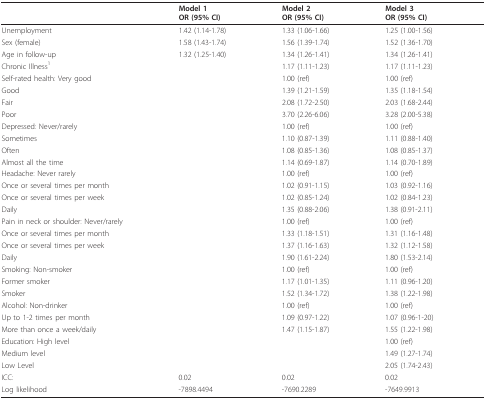
<table><thead><tr><td></td><td><b>Model 1OR (95% CI)</b></td><td><b>Model 2OR (95% CI)</b></td><td><b>Model 3OR (95% CI)</b></td></tr></thead><tbody><tr><td>Unemployment</td><td>1.42 (1.14-1.78)</td><td>1.33 (1.06-1.66)</td><td>1.25 (1.00-1.56)</td></tr><tr><td>Sex (female)</td><td>1.58 (1.43-1.74)</td><td>1.56 (1.39-1.74)</td><td>1.52 (1.36-1.70)</td></tr><tr><td>Age in follow-up</td><td>1.32 (1.25-1.40)</td><td>1.34 (1.26-1.41)</td><td>1.34 (1.26-1.41)</td></tr><tr><td>Chronic Illness<sup>1</sup></td><td></td><td>1.17 (1.11-1.23)</td><td>1.17 (1.11-1.23)</td></tr><tr><td>Self-rated health: Very good</td><td></td><td>1.00 (ref)</td><td>1.00 (ref)</td></tr><tr><td>Good</td><td></td><td>1.39 (1.21-1.59)</td><td>1.35 (1.18-1.54)</td></tr><tr><td>Fair</td><td></td><td>2.08 (1.72-2.50)</td><td>2.03 (1.68-2.44)</td></tr><tr><td>Poor</td><td></td><td>3.70 (2.26-6.06)</td><td>3.28 (2.00-5.38)</td></tr><tr><td>Depressed: Never/rarely</td><td></td><td>1.00 (ref)</td><td>1.00 (ref)</td></tr><tr><td>Sometimes</td><td></td><td>1.10 (0.87-1.39)</td><td>1.11 (0.88-1.40)</td></tr><tr><td>Often</td><td></td><td>1.08 (0.85-1.36)</td><td>1.08 (0.85-1.37)</td></tr><tr><td>Almost all the time</td><td></td><td>1.14 (0.69-1.87)</td><td>1.14 (0.70-1.89)</td></tr><tr><td>Headache: Never rarely</td><td></td><td>1.00 (ref)</td><td>1.00 (ref)</td></tr><tr><td>Once or several times per month</td><td></td><td>1.02 (0.91-1.15)</td><td>1.03 (0.92-1.16)</td></tr><tr><td>Once or several times per week</td><td></td><td>1.02 (0.85-1.24)</td><td>1.02 (0.84-1.23)</td></tr><tr><td>Daily</td><td></td><td>1.35 (0.88-2.06)</td><td>1.38 (0.91-2.11)</td></tr><tr><td>Pain in neck or shoulder: Never/rarely</td><td></td><td>1.00 (ref)</td><td>1.00 (ref)</td></tr><tr><td>Once or several times per month</td><td></td><td>1.33 (1.18-1.51)</td><td>1.31 (1.16-1.48)</td></tr><tr><td>Once or several times per week</td><td></td><td>1.37 (1.16-1.63)</td><td>1.32 (1.12-1.58)</td></tr><tr><td>Daily</td><td></td><td>1.90 (1.61-2.24)</td><td>1.80 (1.53-2.14)</td></tr><tr><td>Smoking: Non-smoker</td><td></td><td>1.00 (ref)</td><td>1.00 (ref)</td></tr><tr><td>Former smoker</td><td></td><td>1.17 (1.01-1.35)</td><td>1.11 (0.96-1.20)</td></tr><tr><td>Smoker</td><td></td><td>1.52 (1.34-1.72)</td><td>1.38 (1.22-1.98)</td></tr><tr><td>Alcohol: Non-drinker</td><td></td><td>1.00 (ref)</td><td>1.00 (ref)</td></tr><tr><td>Up to 1-2 times per month</td><td></td><td>1.09 (0.97-1.22)</td><td>1.07 (0.96-1-20)</td></tr><tr><td>More than once a week/daily</td><td></td><td>1.47 (1.15-1.87)</td><td>1.55 (1.22-1.98)</td></tr><tr><td>Education: High level</td><td></td><td></td><td>1.00 (ref)</td></tr><tr><td>Medium level</td><td></td><td></td><td>1.49 (1.27-1.74)</td></tr><tr><td>Low Level</td><td></td><td></td><td>2.05 (1.74-2.43)</td></tr><tr><td>ICC:</td><td>0.02</td><td>0.02</td><td>0.02</td></tr><tr><td>Log likelihood</td><td>-7898.4494</td><td>-7690.2289</td><td>-7649.9913</td></tr></tbody></table>